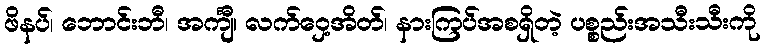
ဖိနပ်၊ ဘောင်းဘီ၊ အင်္ကျီ၊ လက်ဝှေ့အိတ်၊ နားကြပ်အစရှိတဲ့ ပစ္စည်းအသီးသီးကို